Account of plague administration in the Bombay Presidency from September 1896 till May 1897
Year: 1896
Disease focus: Plague
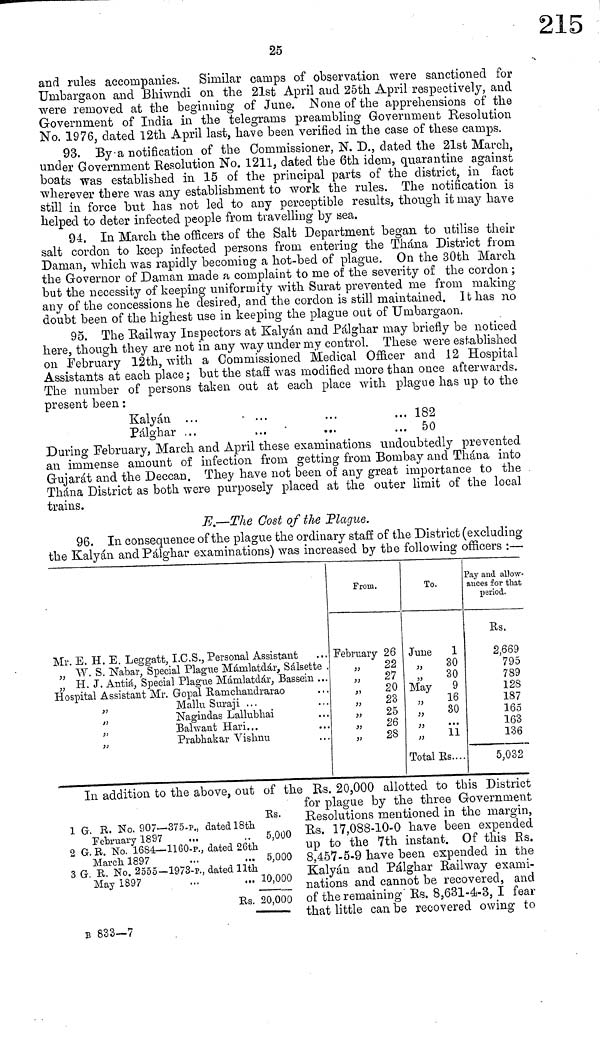
25
and rules accompanies. Similar camps of observation were sanctioned for
Umbargaon and Bhiwndi on the 21st April and 25th April respectively, and
were removed at the beginning of June. None of the apprehensions of the
Government of India in the telegrams preambling Government Resolution
No. 1976, dated 12th April last, have been verified in the case of these camps.
93. By a notification of the Commissioner, N. D., dated the 21st March,
under Government Resolution No. 1211, dated the 6th idem, quarantine against
boats was established in 15 of the principal parts of the district, in fact
wherever there was any establishment to work the rules. The notification is
still in force but has not led to any perceptible results, though it may have
helped to deter infected people from travelling by sea.
94. In March the officers of the Salt Department began to utilise their
salt cordon to keep infected persons from entering the Thána District from
Daman, which was rapidly becoming a hot-bed of plague. On the 30th March
the Governor of Daman made a complaint to me of the severity of the cordon ;
but the necessity of keeping uniformity with Surat prevented me from making
any of the concessions he desired, and the cordon is still maintained. It has no
doubt been of the highest use in keeping the plague out of Umbargaon.
95. The Railway Inspectors at Kalyán and Pálghar may briefly be noticed
here, though they are not in any way under my control. These were established
on February 12th, with a Commissioned Medical Officer and 12 Hospital
Assistants at each place ; but the staff was modified more than once afterwards.
The number of persons taken out at each place with plague has up to the
present been :
Kalyán . . .
Pálghar ...
... 182
... 50
During February, March and April these examinations undoubtedly prevented
an immense amount of infection from getting from Bombay and Thána into
Gujarat and the Deccan, They have not been of any great importance to the
Thána District as both were purposely placed at the outer limit of the local
trains.
E.—The Cost of the "Plague.
96. In consequence of the plague the ordinary staff of the District (excluding
the Kalyán and Pálghar examinations) was increased by the following officers :—
Mr. E. H. E. Leggatt, I.C.S., Personal Assistant
" "W. S. Nabar, Special Plague Mámlatdár, Sálsette
" H. J. Antiá, Special Plague Mámlatdár, Bassem
Hospital Assistant Mr. Gopal Ramchandrarao
"
Mallu Suraji . . .
"
Nagindas Lallubhai
"
Balwant Hari...
"
Prabhakar Vishnu
From.
February 26
"
22
"
27
"
20
"
23
"
25
"
26
" 28
To.
June
1
" 30
" 30
May
9
" 16
" 30
" ...
" 11
Total Rs....
Pay and allow-
ances for that
period.
Es.
2,669
795
789
128
187
165
163
136
5,032
1 G. R. No, 907— 375-p., dated 18th
February 1897
2 G. R. No. 1684— 1160-p., dated 26th
March 1897
3 G. B. No. 2555— 1973-p., dated 11th
May 1897
Es.
Es.
5,000
L
5,000
10,000
20,000
In addition to the above, out of the Rs. 20,000 allotted to this District
for plague by the three Government
Resolutions mentioned in the margin,
Rs. 17,088-10-0 have been expended
up to the 7th instant. Of this Rs.
8,457-5-9 have been expended in the
Kalyán and Pálghar Railway exami-
nations and cannot be recovered, and
of the remaining Rs. 8,631-4-3, I fear
that little can be recovered owing to